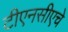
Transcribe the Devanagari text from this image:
टीएनसीएचे